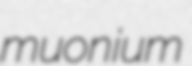
muonium